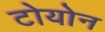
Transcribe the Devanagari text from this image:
टोयोन